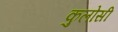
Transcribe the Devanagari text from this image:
कुलोसी